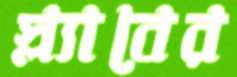
স্ল্যাবের